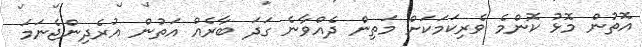
އޮތުން މޮޅު ކޮންމެ ވެރިކަމަކަށް މަތިން ދެއްވާނެ ގަދަ ބާރެއް އަތުން އުރެދިންޖެނަމަ